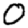
Digit: 0